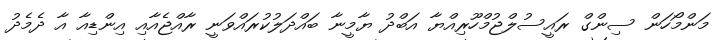
މަންމޯހަން ސިންގް ރައީސުލްޖުމްހޫރިއްޔާ އަބްދު ޔާމީނާ ބައްދަލުކުރައްވަނީ ރާއްޖެއާއި އިންޑިއާ އާ ދެމެދު